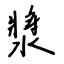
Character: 漿